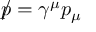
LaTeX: { p \! \! \! / } = \gamma ^ { \mu } p _ { \mu }